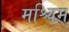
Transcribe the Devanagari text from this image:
मश्चिम